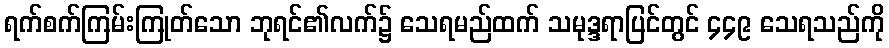
ရက်စက်ကြမ်းကြုတ်သော ဘုရင်၏လက်၌ သေရမည်ထက် သမုဒ္ဒရာပြင်တွင် ၄၄၉ သေရသည်ကို